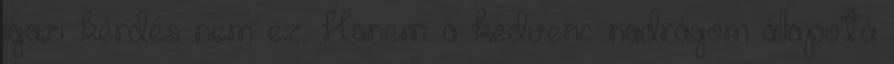
igazi kérdés nem ez. Hanem: a kedvenc nadrágom állapota